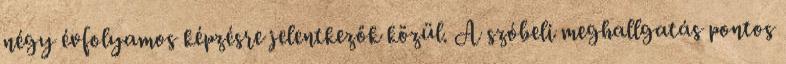
négy évfolyamos képzésre jelentkezők közül. A szóbeli meghallgatás pontos